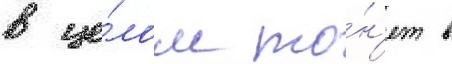
в це́лом то́н'ет в